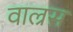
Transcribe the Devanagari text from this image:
वाल्रस